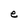
Character: e